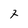
Character: 7